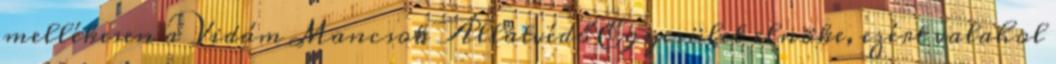
mellékesen a Vidám Mancsok Állatvédő Egyesület elnöke, ezért valahol